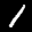
Label: 1